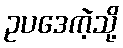
ဥပဒေကဲ့သို့